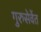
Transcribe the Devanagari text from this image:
गुरुसेवेंत